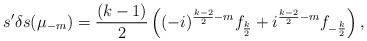
LaTeX: \begin{align*}s'{\delta s(\mu_{-m})}=\frac{(k-1)}{2}\left((-i)^{\frac{k-2}{2}-m}f_{\frac{k}{2}}+i^{\frac{k-2}{2}-m}f_{-\frac{k}{2}}\right),\end{align*}